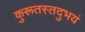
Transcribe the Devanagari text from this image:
कुरूतस्तदुभयं